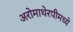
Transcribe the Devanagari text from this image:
अरोमाथेरपीमध्ये